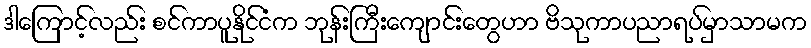
ဒါကြောင့်လည်း စင်ကာပူနိုင်ငံက ဘုန်းကြီးကျောင်းတွေဟာ ဗိသုကာပညာရပ်မှာသာမက